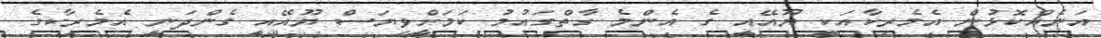
އަނެއްކޮޅުން އެމެރިކާއަކީ ޔޫއޭއީ ގެ އެންމެ ގާތްގައުމު ކަމަށްވިޔަސް ޔޫއޭއީ ގެންދަނީ އެމެރިކާގެ